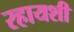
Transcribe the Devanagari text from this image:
रहायशी